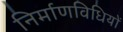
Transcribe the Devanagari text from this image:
निर्माणविधियों